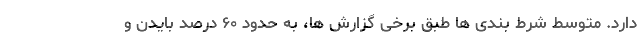
دارد. متوسط شرط بندی ها طبق برخی گزارش ها، به حدود ۶۰ درصد بایدن و